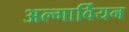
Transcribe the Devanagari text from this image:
अल्गार्वियन